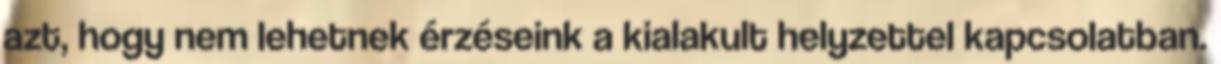
azt, hogy nem lehetnek érzéseink a kialakult helyzettel kapcsolatban.